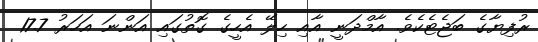
ރުފިޔާގެ ބަޖެޓެކެވެ. އާމްދަނީ އާއި ހިލޭ އެހީގެ ގޮތުގައި އަންނަ އަހަރު 17.7